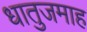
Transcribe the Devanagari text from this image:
धातुजमाह